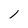
Character: 1